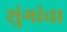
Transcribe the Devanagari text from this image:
शुंगांचा